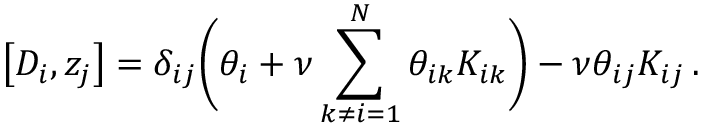
\left[ { \cal D } _ { i } , z _ { j } \right] = \delta _ { i j } \biggl ( \theta _ { i } + \nu \sum _ { k \ne i = 1 } ^ { N } \theta _ { i k } K _ { i k } \biggr ) - \nu \theta _ { i j } K _ { i j } \, .